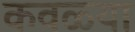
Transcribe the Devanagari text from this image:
कवळ्या